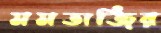
মমতাজির